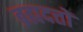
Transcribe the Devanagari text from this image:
ब्रह्मदत्तों